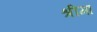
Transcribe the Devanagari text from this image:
श्रीमा